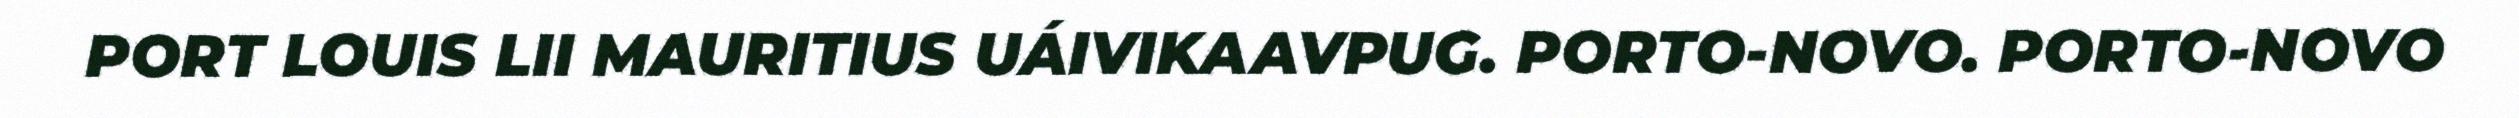
PORT LOUIS LII MAURITIUS UÁIVIKAAVPUG. PORTO-NOVO. PORTO-NOVO